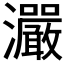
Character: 𤅙